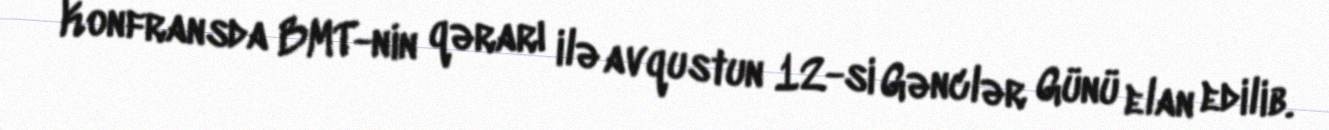
Konfransda BMT-nin qərarı ilə avqustun 12-si Gənclər Günü elan edilib.